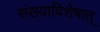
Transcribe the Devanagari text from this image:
संख्याविशेषात्